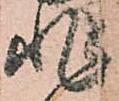
非